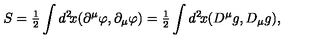
S = { \textstyle { \frac { 1 } { 2 } } } \int d ^ { 2 } \! x ( \partial ^ { \mu } \varphi , \partial _ { \mu } \varphi ) = { \textstyle { \frac { 1 } { 2 } } } \int d ^ { 2 } \! x ( D ^ { \mu } g , D _ { \mu } g ) ,